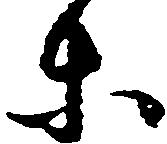
等